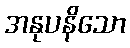
အနုပနိသော